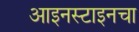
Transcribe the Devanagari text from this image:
आइनस्टाइनचा